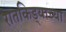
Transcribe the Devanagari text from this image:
रातकिड्याच्या